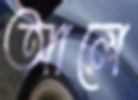
আলে